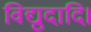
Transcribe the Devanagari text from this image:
विद्युदादि।